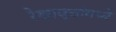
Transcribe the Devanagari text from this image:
रेखावृत्तांमध्ये